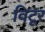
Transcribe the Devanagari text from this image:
विटूर